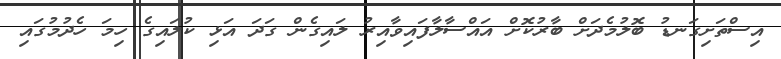
އިސްތަށިގަނޑު ބޮލުމެދަށް ބާރުކޮށް އައްސާލާފައިވާއިރު ލައިގެން ގަދަ އަޅި ކުލައިގެ ހިމަ ހެދުމުގައި